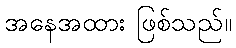
အနေအထား ဖြစ်သည်။